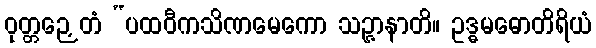
ဝုတ္တဉှေတံ “ပထဝီကသိဏမေကော သဉ္ဇာနာတိ။ ဥဒ္ဓမဓောတိရိယံ